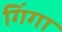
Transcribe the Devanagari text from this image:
गिंगा